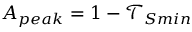
A _ { p e a k } = 1 - \ensuremath { \mathcal { T } } _ { S m i n }